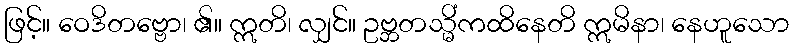
ဖြင့်။ ဝေဒိတဗ္ဗော၊ ၏။ ဣတိ၊ လျှင်။ ဥဗ္ဘတသ္မိံကထိနေတိ ဣမိနာ၊ နေဟူသော